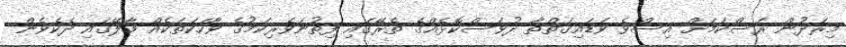
މިރަދުން ރަސްކަމަށް އިސްވެ ވަޑައިގަތްތާ ދުވަސްކޮޅެއްގެ ތެރޭގައި ފިތުނަވެރިކަމުގެ ވާހަކަތަކެއް މާލޭގައި ދެކެވެން